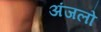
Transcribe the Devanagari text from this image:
अंजलो